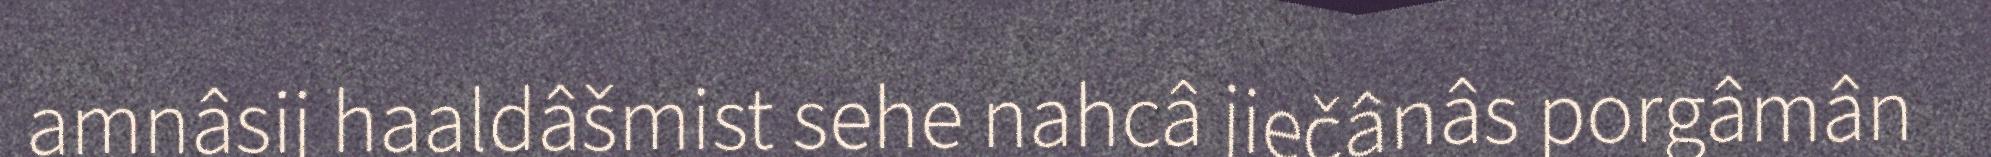
amnâsij haaldâšmist sehe nahcâ jiečânâs porgâmân